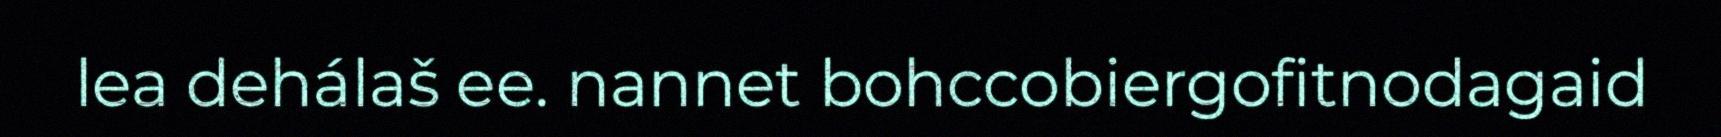
lea dehálaš ee. nannet bohccobiergofitnodagaid